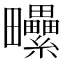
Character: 𤴈